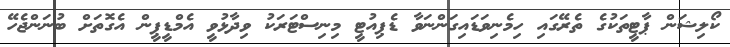
ކޯލިޝަން ޕާޓީތަކުގެ ތެރޭގައި ހިމެނިވަޑައިގަންނަވާ ޑެޕިއުޓީ މިނިސްޓަރަކު ވިދާޅުވީ އެމްޑީޕީން އެގޮތަށް ބުނަންޖެހޭ